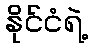
နိုင်ငံရဲ့